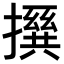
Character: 𪮵